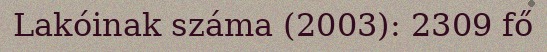
Lakóinak száma (2003): 2309 fő